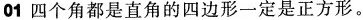
01 四个角都是直角的四边形一定是正方形。